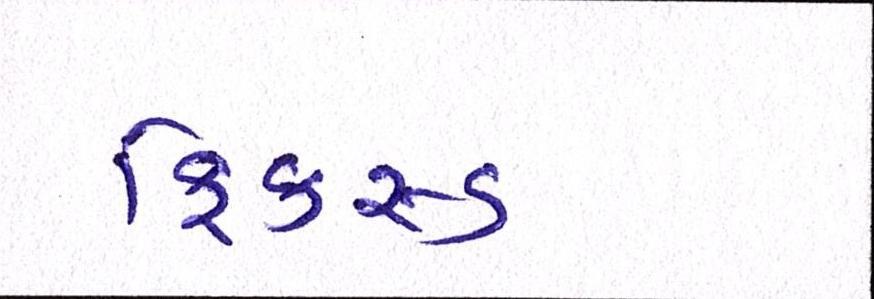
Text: ફિકસ્ડ